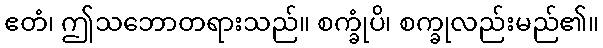
ဧတံ၊ ဤသဘောတရားသည်။ စက္ခုံပိ၊ စက္ခုလည်းမည်၏။